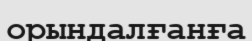
орындалғанға